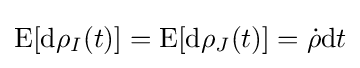
\operatorname {E} [\mathrm {d} \rho _{I}(t)]=\operatorname {E} [\mathrm {d} \rho _{J}(t)]={\dot {\rho }}\mathrm {d} t